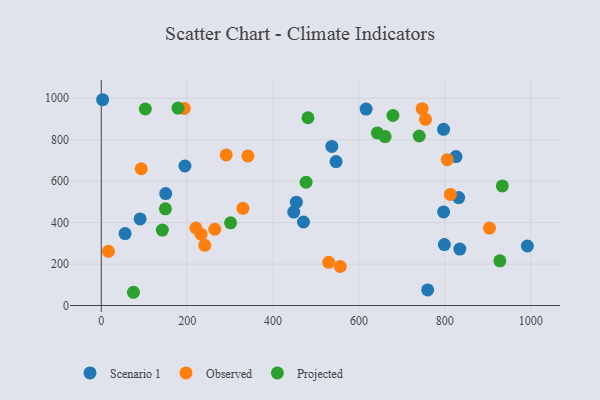
{"axis": {"x": "Engine Size", "y": "Exam Score"}, "legend": ["Observed", "Projected", "Scenario 1"], "data": [{"x": "470.9", "y": 403.0, "type": "Scenario 1"}, {"x": "90.4", "y": 417.6, "type": "Scenario 1"}, {"x": "454.3", "y": 498.7, "type": "Scenario 1"}, {"x": "537.0", "y": 767.8, "type": "Scenario 1"}, {"x": "55.4", "y": 347.0, "type": "Scenario 1"}, {"x": "797.2", "y": 850.3, "type": "Scenario 1"}, {"x": "150.0", "y": 539.9, "type": "Scenario 1"}, {"x": "992.4", "y": 287.0, "type": "Scenario 1"}, {"x": "616.8", "y": 947.9, "type": "Scenario 1"}, {"x": "797.3", "y": 451.5, "type": "Scenario 1"}, {"x": "832.4", "y": 520.9, "type": "Scenario 1"}, {"x": "799.1", "y": 294.2, "type": "Scenario 1"}, {"x": "760.2", "y": 75.1, "type": "Scenario 1"}, {"x": "194.8", "y": 673.2, "type": "Scenario 1"}, {"x": "3.1", "y": 993.0, "type": "Scenario 1"}, {"x": "546.8", "y": 694.6, "type": "Scenario 1"}, {"x": "826.1", "y": 718.7, "type": "Scenario 1"}, {"x": "835.0", "y": 272.1, "type": "Scenario 1"}, {"x": "448.3", "y": 450.9, "type": "Scenario 1"}, {"x": "805.8", "y": 703.9, "type": "Observed"}, {"x": "232.4", "y": 343.8, "type": "Observed"}, {"x": "193.1", "y": 951.0, "type": "Observed"}, {"x": "747.3", "y": 949.8, "type": "Observed"}, {"x": "264.3", "y": 367.9, "type": "Observed"}, {"x": "341.5", "y": 721.9, "type": "Observed"}, {"x": "220.3", "y": 373.9, "type": "Observed"}, {"x": "16.5", "y": 261.2, "type": "Observed"}, {"x": "329.9", "y": 469.0, "type": "Observed"}, {"x": "904.1", "y": 373.8, "type": "Observed"}, {"x": "93.0", "y": 659.8, "type": "Observed"}, {"x": "529.6", "y": 208.3, "type": "Observed"}, {"x": "241.0", "y": 290.6, "type": "Observed"}, {"x": "290.9", "y": 726.7, "type": "Observed"}, {"x": "755.1", "y": 898.2, "type": "Observed"}, {"x": "813.1", "y": 535.8, "type": "Observed"}, {"x": "556.6", "y": 188.1, "type": "Observed"}, {"x": "102.5", "y": 948.2, "type": "Projected"}, {"x": "643.0", "y": 833.0, "type": "Projected"}, {"x": "149.3", "y": 466.6, "type": "Projected"}, {"x": "740.5", "y": 817.9, "type": "Projected"}, {"x": "301.1", "y": 399.1, "type": "Projected"}, {"x": "74.9", "y": 63.8, "type": "Projected"}, {"x": "481.4", "y": 906.0, "type": "Projected"}, {"x": "934.1", "y": 577.1, "type": "Projected"}, {"x": "928.4", "y": 215.8, "type": "Projected"}, {"x": "679.3", "y": 916.9, "type": "Projected"}, {"x": "178.6", "y": 952.9, "type": "Projected"}, {"x": "661.0", "y": 815.0, "type": "Projected"}, {"x": "142.2", "y": 364.1, "type": "Projected"}, {"x": "477.0", "y": 594.8, "type": "Projected"}]}